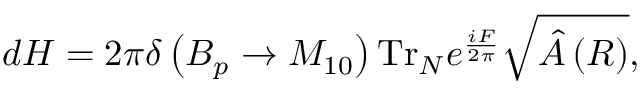
d H = 2 \pi \delta \left( { \cal B } _ { p } \rightarrow M _ { 1 0 } \right) \mathrm { T r } _ { N } e ^ { \frac { i F } { 2 \pi } } \sqrt { \hat { \cal A } \left( R \right) } ,